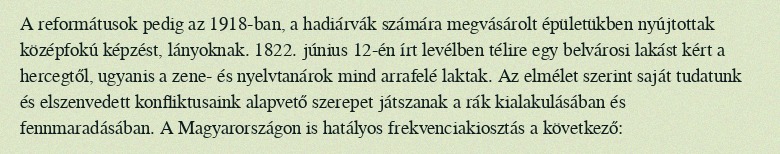
A reformátusok pedig az 1918-ban, a hadiárvák számára megvásárolt épületükben nyújtottak középfokú képzést, lányoknak. 1822. június 12-én írt levélben télire egy belvárosi lakást kért a hercegtől, ugyanis a zene- és nyelvtanárok mind arrafelé laktak. Az elmélet szerint saját tudatunk és elszenvedett konfliktusaink alapvető szerepet játszanak a rák kialakulásában és fennmaradásában. A Magyarországon is hatályos frekvenciakiosztás a következő: